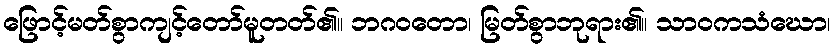
ဖြောင့်မတ်စွာကျင့်တော်မူတတ်၏။ ဘဂဝတော၊ မြတ်စွာဘုရား၏။ သာဝကသံဃော၊